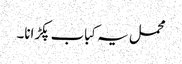
محمل یہ کباب پکڑانا۔